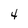
Character: 4